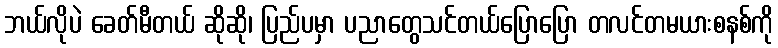
ဘယ်လိုပဲ ခေတ်မီတယ် ဆိုဆို၊ ပြည်ပမှာ ပညာတွေသင်တယ်ပြောပြော တလင်တမယားစနစ်ကို